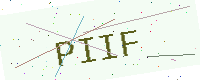
Text: PIIF